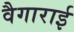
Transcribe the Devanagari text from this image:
वैगाराई